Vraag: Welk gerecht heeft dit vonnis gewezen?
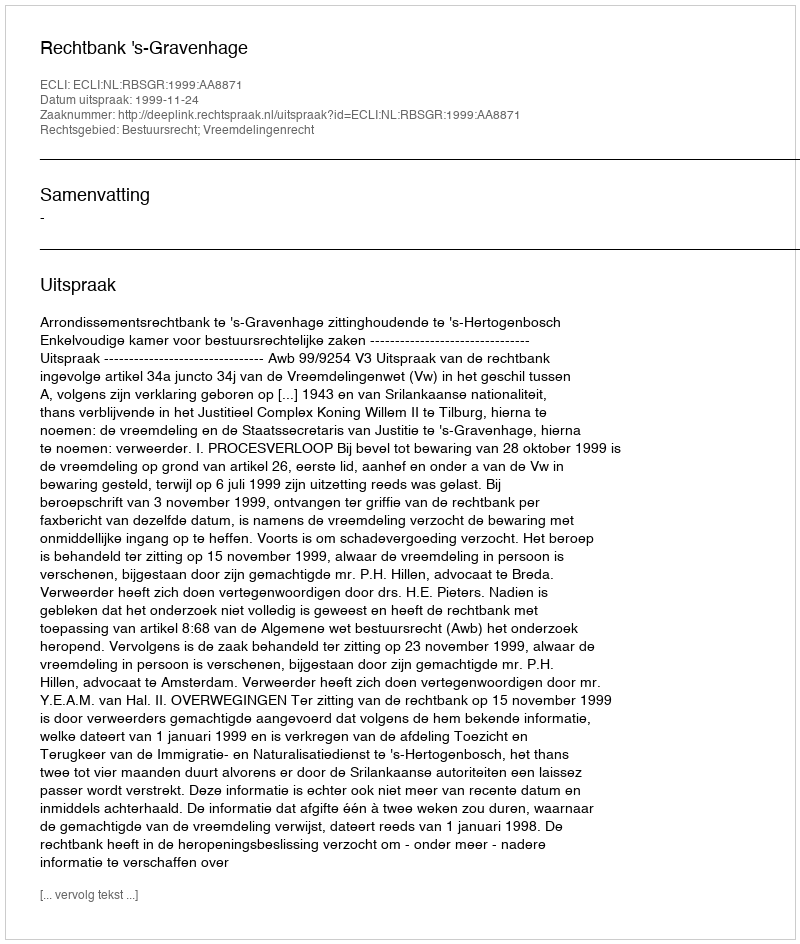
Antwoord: Rechtbank 's-Gravenhage